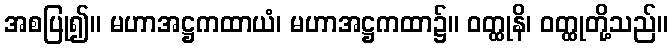
အစပြု၍။ မဟာအဋ္ဌကထာယံ၊ မဟာအဋ္ဌကထာ၌။ ဝတ္ထုနိ၊ ဝတ္ထုတို့သည်။